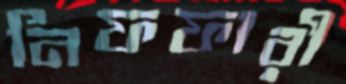
নিফফারী